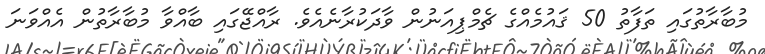
މުބާރާތުގައި ތަފާތު 50 ޤައުމެއްގެ ޗެމްޕިއަނުން ވާދަކުރާނެއެވެ. ރާއްޖޭގައި ބާއްވާ މުބާރާތުން އެއްވަނަ